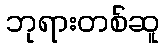
ဘုရားတစ်ဆူ